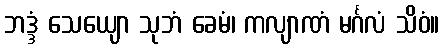
ဘဒ္ဒံ သေယျော သုဘံ ခေမံ၊ ကလျာဏံ မင်္ဂလံ သိဝံ။